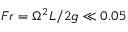
F r = \Omega ^ { 2 } L / 2 g \ll 0 . 0 5